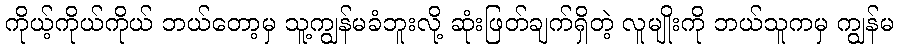
ကိုယ့်ကိုယ်ကိုယ် ဘယ်တော့မှ သူ့ကျွန်မခံဘူးလို့ ဆုံးဖြတ်ချက်ရှိတဲ့ လူမျိုးကို ဘယ်သူကမှ ကျွန်မ